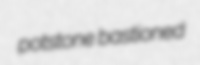
potstone bastioned